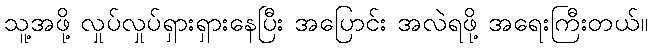
သူ့အဖို့ လှုပ်လှုပ်ရှားရှားနေပြီး အပြောင်း အလဲရဖို့ အရေးကြီးတယ်။